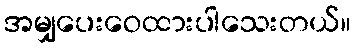
အမျှပေးဝေထားပါသေးတယ်။